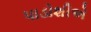
પાડોશીએ